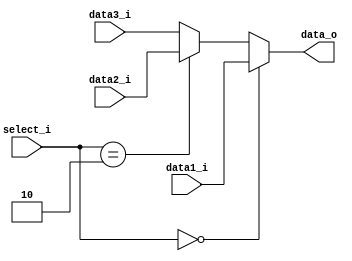
module MUX32_3I (data1_i, data2_i, data3_i , select_i, data_o);

input [31:0] data1_i, data2_i, data3_i;
input [1:0] select_i;
output [31:0] data_o;

assign data_o = (select_i == 2'b00) ? data1_i : (select_i == 2'b10) ? data2_i : data3_i;

endmodule